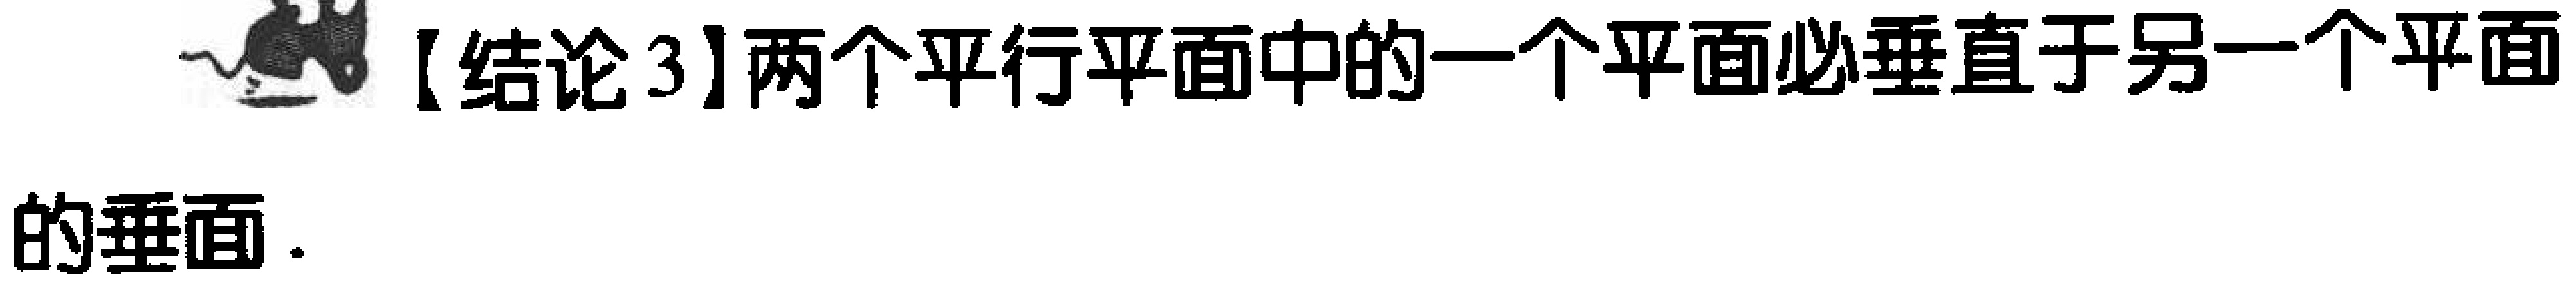
【结论3】两个平行平面中的一个平面必垂直于另一个平面的垂面.